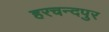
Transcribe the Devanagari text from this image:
हरचन्‍दपुर